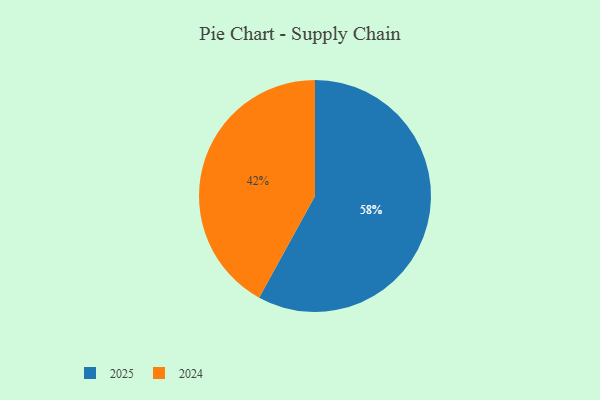
{"axis": {"x": "Category", "y": "Percentage"}, "legend": ["2024", "2025"], "data": [{"x": "2024", "y": 42, "type": "2024"}, {"x": "2025", "y": 58, "type": "2025"}]}